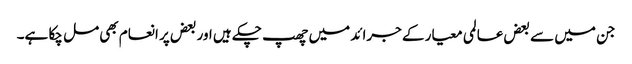
جن میں سے بعض عالمی معیار کے جرائد میں چھپ چکے ہیں اور بعض پر انعام بھی مل چکا ہے۔